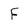
Character: F